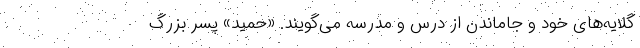
گلایه‌های خود و جاماندن از درس و مدرسه می‌گویند. «حمید» پسر بزرگ